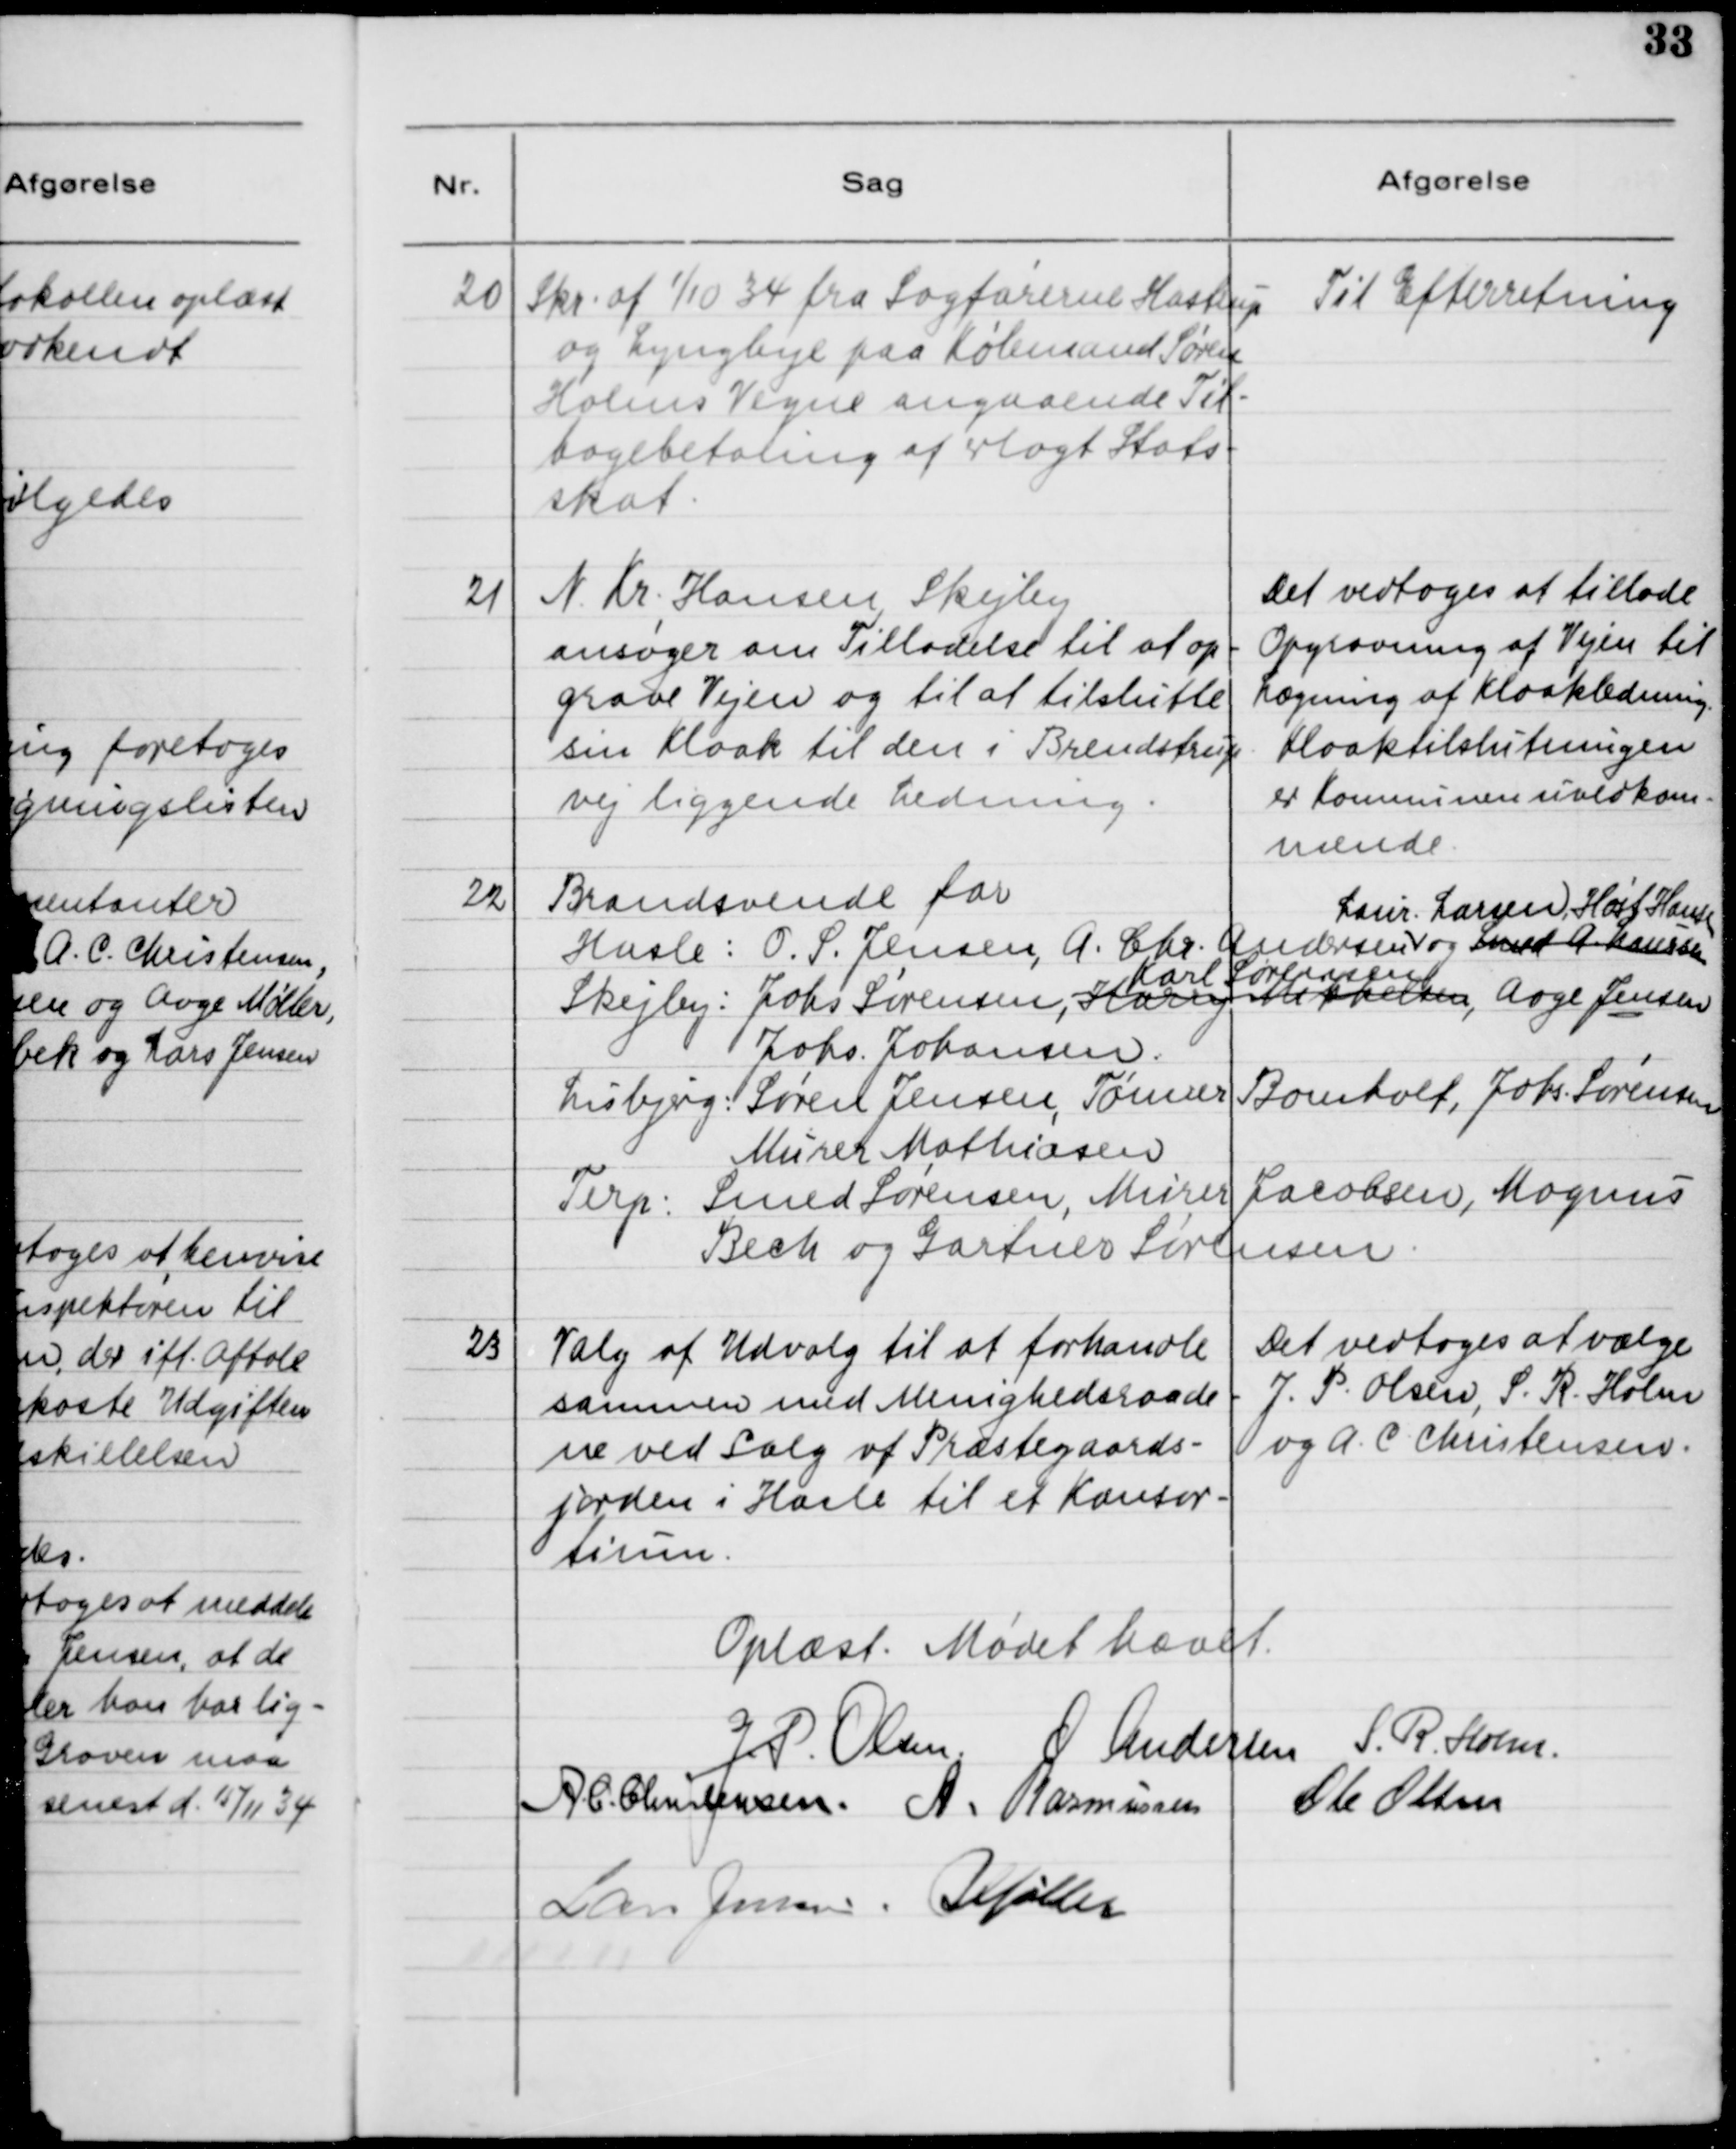
Transskription:
20

Skr. af 1/10 34 fra Sagførerne Hastrup
og Lyngbye paa Købmand Søren
Holms Vegne angaaende Til-
bagebetaling af erlagt Stats-
skat.

Til Efterretning

21

N. Kr. Hansen, Skejby
ansøger om Tilladelse til at op-
grave Vejen og til at tilslutte
sin Kloak til den i Brendstrup-
vej liggende Ledning.

Det vedtoges at tillade
Opgravning af Vejen til
Lægning af Kloakledning.
Kloaktilslutningen
er Kommunen uvedkom-
mende.

22

Brandsvende for
Hasle: O. S. Jensen, A. Chr. Andersen og Smed A. Laursen
Laur. Larsen, Høst Hansen
Skejby: Johs. Sørensen, Harry Mikkelsen, Aage Jensen,
Karl Sørensen
Johs. Johansen.
Lisbjerg: Søren Jensen, Tømrer Bomholt, Johs. Sørensen,
Murer Mathiasen
Terp: Smed Sørensen, Murer Jacobsen, Magnus 
Bech og Gartner Sørensen.

23

Valg af Udvalg til at forhandle 
sammen med Menighedsraade-
ne ved Salg af Præstegaards-
jorden i Hasle til et Konsor-
tium.

Det vedtoges at vælge
J. P. Olsen, S. R. Holm 
og A. C. Christensen

Oplæst. Mødet hævet.